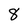
Character: 8